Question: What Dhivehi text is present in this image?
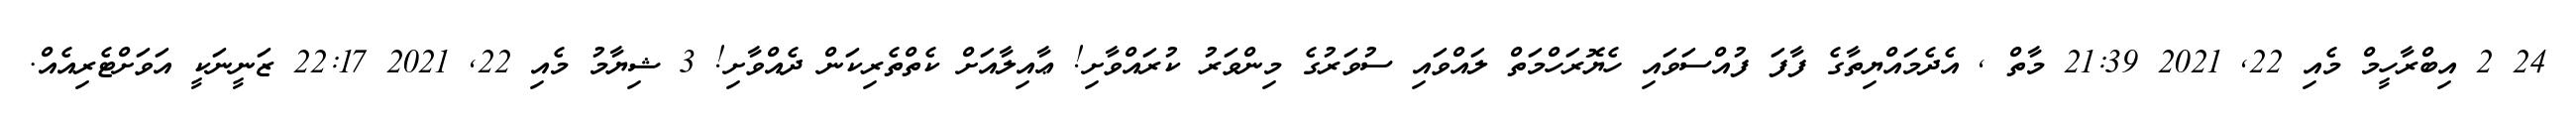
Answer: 24 2 އިބްރާހީމް މެއި 22, 2021 21:39 މާތް , އެދެމައްޔިތާގެ ފާފަ ފުއްސަވައި ހެޔޮރަހްމަތް ލައްވައި ސުވަރުގެ މިންވަރު ކުރައްވާށި! ޢާއިލާއަށް ކެތްތެރިކަން ދެއްވާށި! 3 ޝިޔާމު މެއި 22, 2021 22:17 ޒަނީނަކީ އަވަށްޓެރިއެއް.